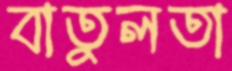
বাতুলতা